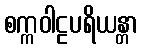
စက္ကဝါဠပရိယန္တာ